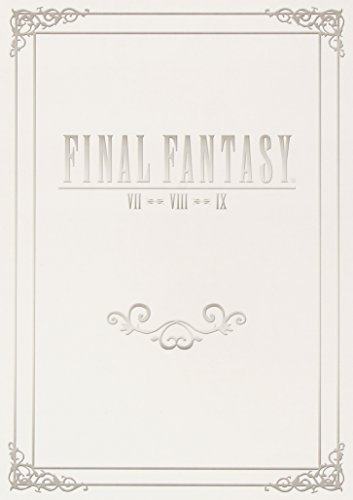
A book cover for FINAL FANTASY Box Set (FFVII, FFVIII, FFIX): Official Game Guides; Prima Games; Science Fiction & Fantasy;